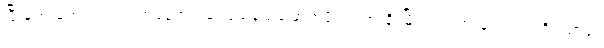
ပြီးခဲ့တဲ့ မတ်လ ၂၂ ရက်နေ့က ရှမ်းပြည်နယ်မြောက်ပိုင်း လားရှိုးမြို့ ရပ်ကွက် ၄ ရဲတပ်ဖွဲ့ရိပ်သာရုံး